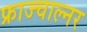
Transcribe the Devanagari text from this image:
फ्राज्चाल्नर